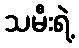
သမီးရဲ့